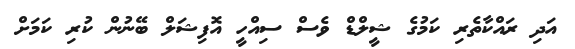
އަދި ރައްކާތެރި ކަމުގެ ޝީލްޑް ވެސް ސިއްހީ އޮފިޝަލް ބޭނުން ކުރި ކަމަށް